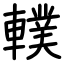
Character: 轐